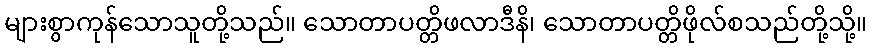
များစွာကုန်သောသူတို့သည်။ သောတာပတ္တိဖလာဒီနိ၊ သောတာပတ္တိဖိုလ်စသည်တို့သို့။